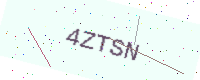
Text: 4ZTSN